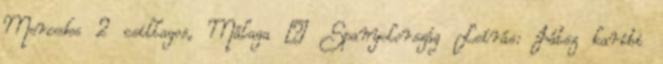
Mercedes 2 csillagos, Málaga – Spanyolország Leírás: Játsz karibi